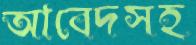
আবেদসহ